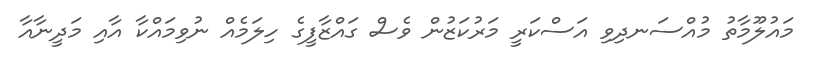
މައުލޫމާތު މުއްސަނދިވި އަސްކަރީ މަރުކަޒުން ވެސް ގައްޒާފީގެ ހިލަމެއް ނުވިމައްކާ އާއި މަދީނާއާ